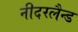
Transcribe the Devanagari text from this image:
नीदरलैन्ड